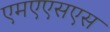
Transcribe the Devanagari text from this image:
एमएएसएस